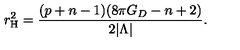
r _ { \mathrm { H } } ^ { 2 } = \frac { ( p + n - 1 ) ( 8 \pi G _ { D } - n + 2 ) } { 2 | \Lambda | } .